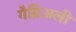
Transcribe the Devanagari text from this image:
गैब्रिअली